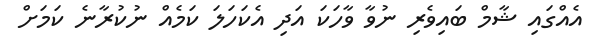
އެއްގައި ޝާމް ބައިވެރި ނުވާ ވާހަކަ އަދި އެކަހަލަ ކަމެއް ނުކުރާނެ ކަމަށް